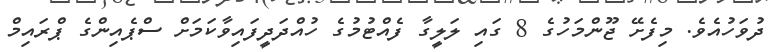
ދުވަހުއެވެ. މިފެށޭ ޖޫންމަހުގެ 8 ގައި ލަލީގާ ފެއްޓުމުގެ ހުއްދަދީފައިވާކަމަށް ސްޕެއިންގެ ޕްރައިމް